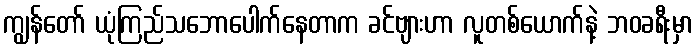
ကျွန်တော် ယုံကြည်သဘောပေါက်နေတာက ခင်ဗျားဟာ လူတစ်ယောက်နဲ့ ဘဝခရီးမှာ